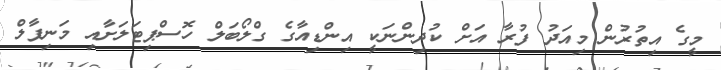
މީގެ އިތުރުން މިއަދު ފުރާ އަށް ކުދިންނަކީ އިންޑިއާގެ ގްލޯބަލް ހޮސްޕިޓަލަށާއި މަނިޕާލް